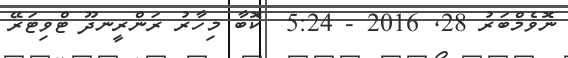
ނޮވެމްބަރު 28